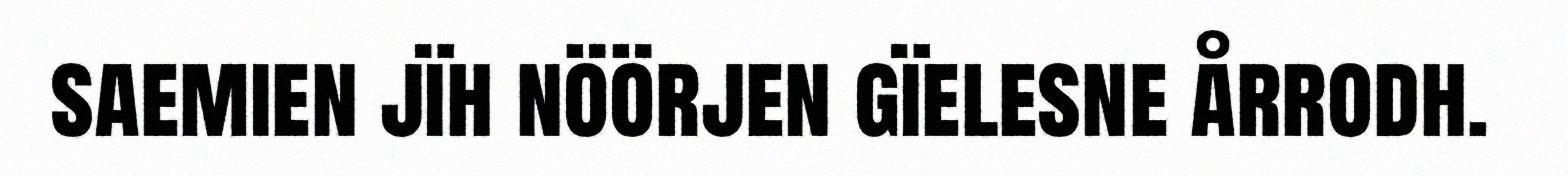
saemien jïh nöörjen gïelesne årrodh.